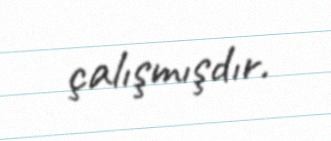
çalışmışdır.